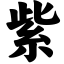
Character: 紫